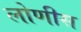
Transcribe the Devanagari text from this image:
लोणीस